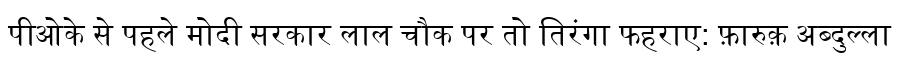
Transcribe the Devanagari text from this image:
पीओके से पहले मोदी सरकार लाल चौक पर तो तिरंगा फहराए: फ़ारुक़ अब्दुल्ला